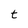
Character: t